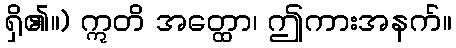
ရှိ၏။) ဣတိ အတ္ထော၊ ဤကားအနက်။